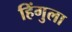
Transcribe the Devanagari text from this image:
हिंगुला